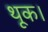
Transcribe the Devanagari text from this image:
थूक।